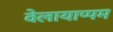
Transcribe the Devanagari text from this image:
वेलायाप्पम